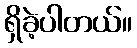
ရှိခဲ့ပါတယ်။